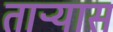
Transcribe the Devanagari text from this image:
ताऱ्यास